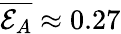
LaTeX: \overline{{{\mathcal{E}}_{A}}}\approx 0.27